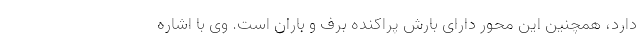
دارد، همچنین این محور دارای بارش پراکنده برف و باران است. وی با اشاره